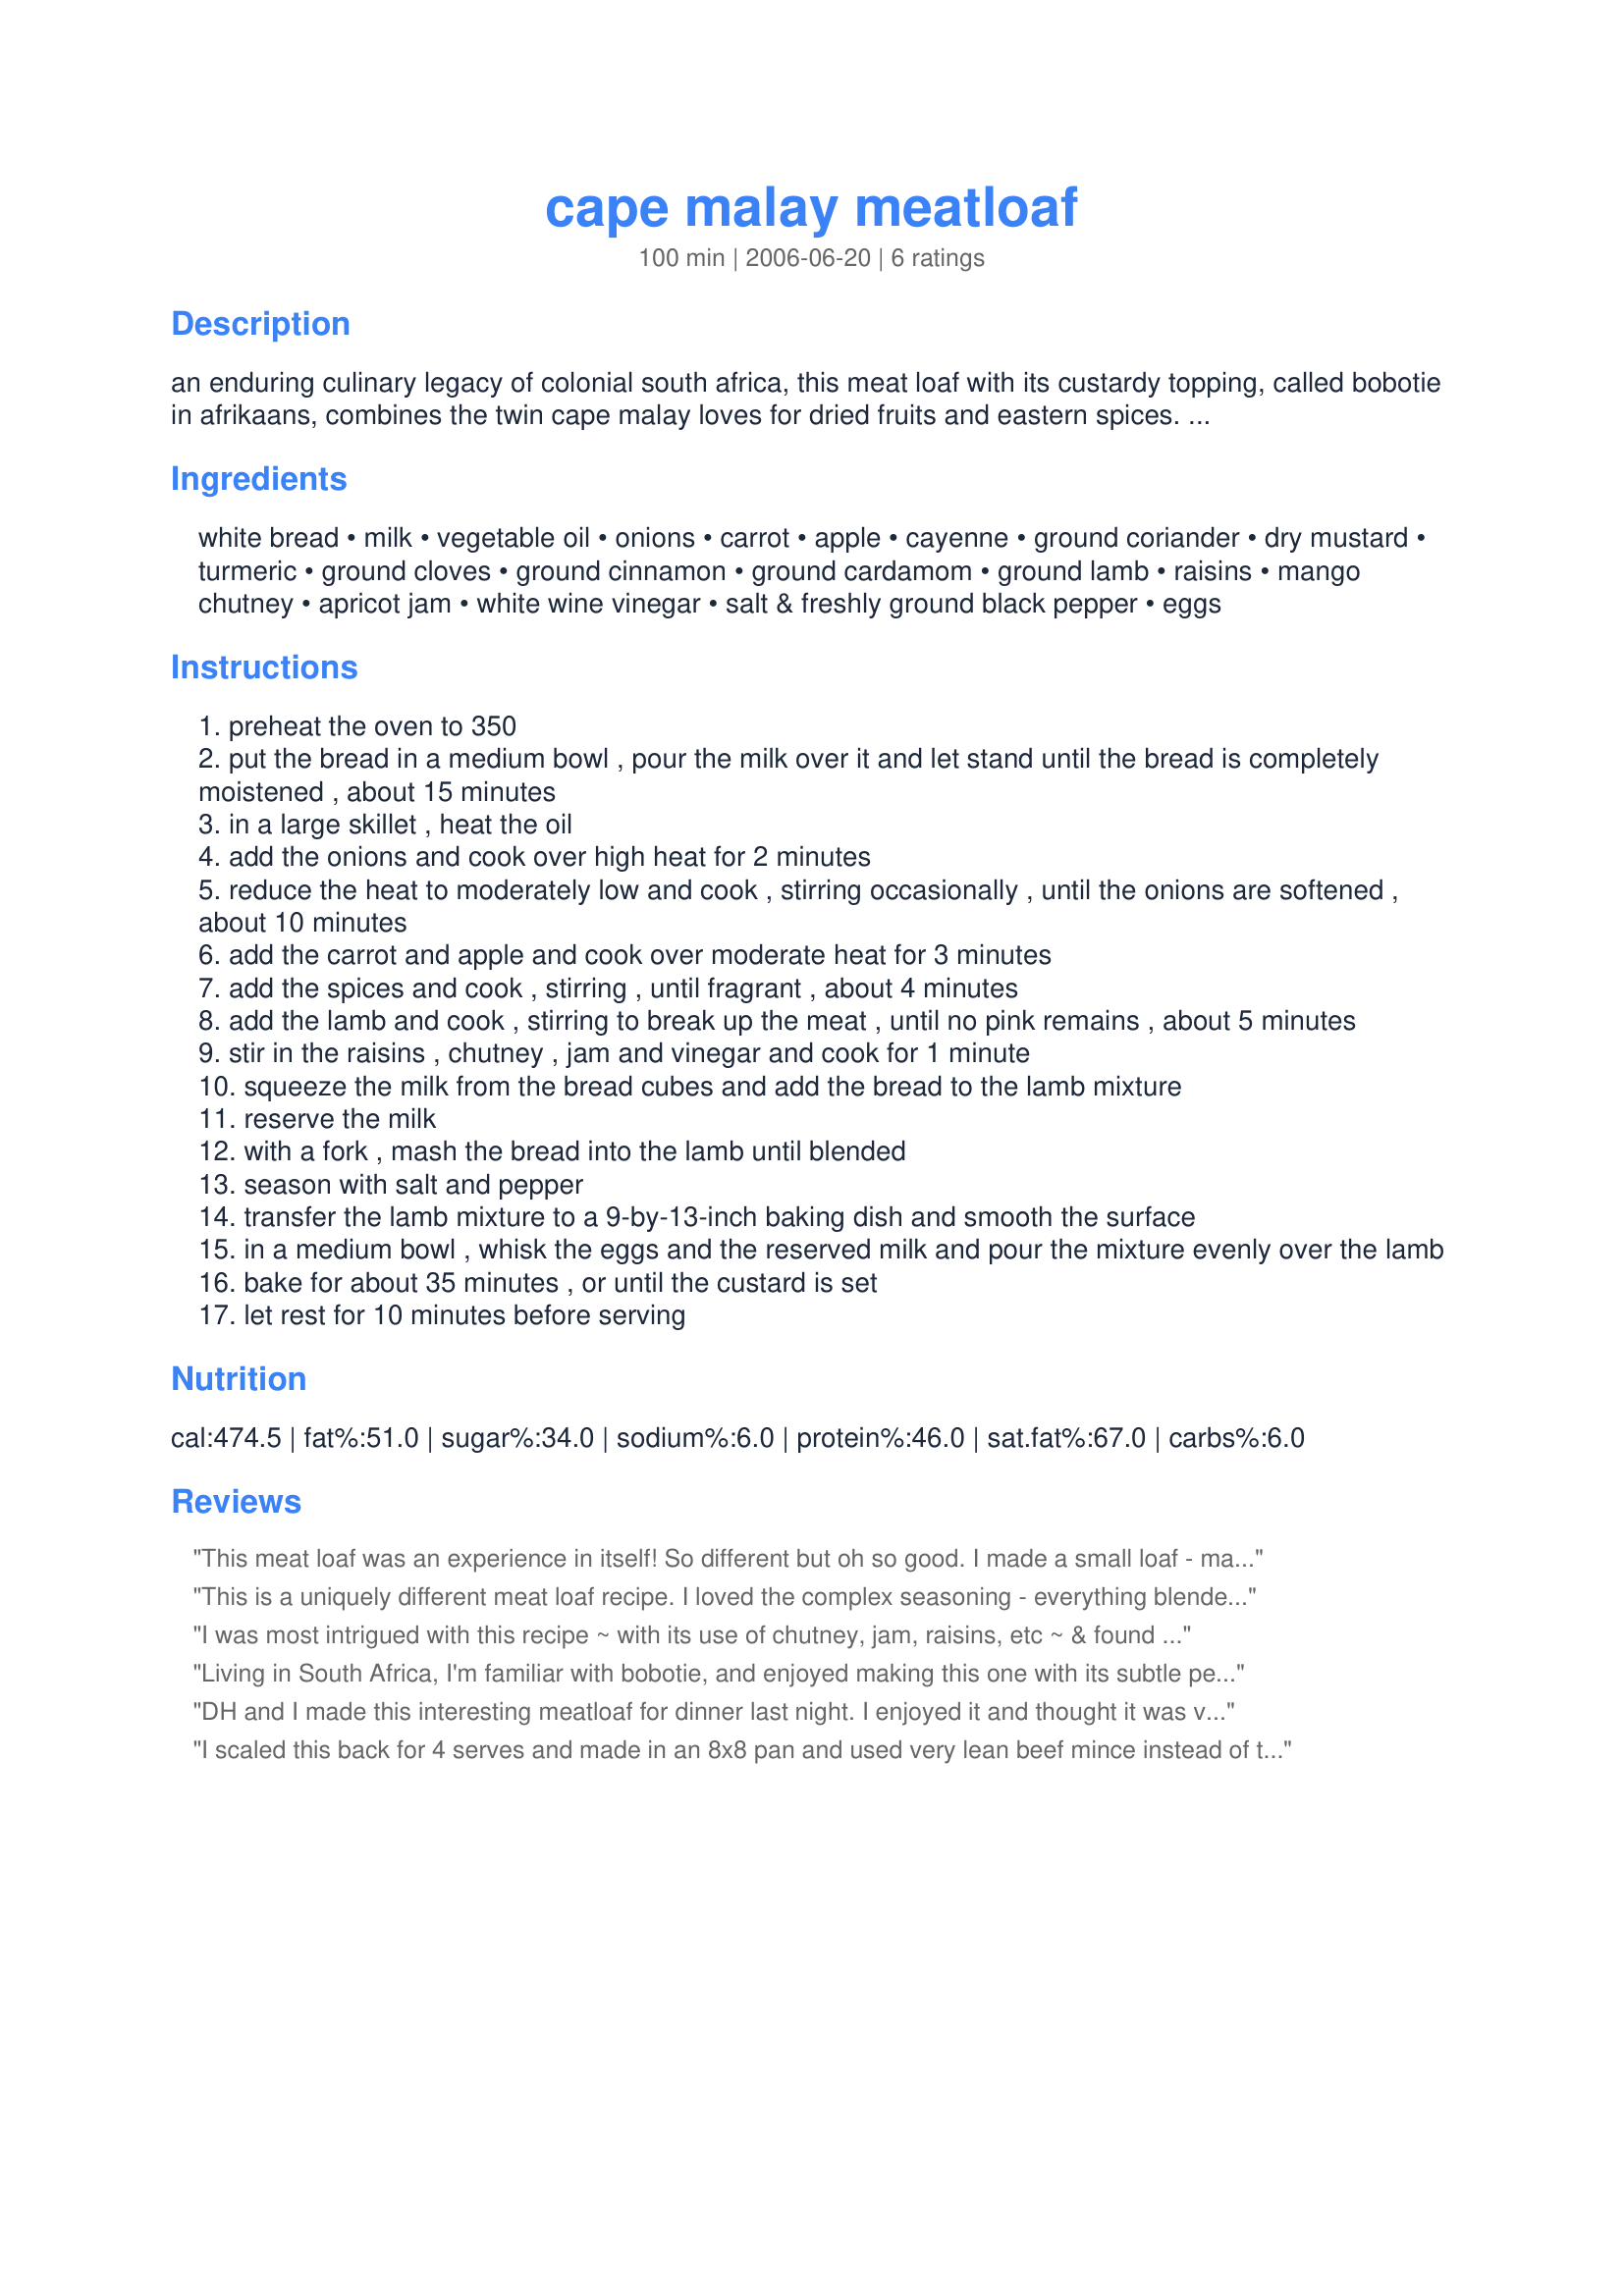
cape malay meatloaf
Preparation time: 100 minutes

an enduring culinary legacy of colonial south africa, this meat loaf with its custardy topping, called bobotie in afrikaans, combines the twin cape malay loves for dried fruits and eastern spices. it is traditionally served with yellow rice sweetened with honey. this version is from the institute of culinary arts just outside stellenbosch, south africa.

Ingredients:
white bread, milk, vegetable oil, onions, carrot, apple, cayenne, ground coriander, dry mustard, turmeric, ground cloves, ground cinnamon, ground cardamom, ground lamb, raisins, mango chutney, apricot jam, white wine vinegar, salt & freshly ground black pepper, eggs

Steps:
preheat the oven to 350
put the bread in a medium bowl , pour the milk over it and let stand until the bread is completely moistened , about 15 minutes
in a large skillet , heat the oil
add the onions and cook over high heat for 2 minutes
reduce the heat to moderately low and cook , stirring occasionally , until the onions are softened , about 10 minutes
add the carrot and apple and cook over moderate heat for 3 minutes
add the spices and cook , stirring , until fragrant , about 4 minutes
add the lamb and cook , stirring to break up the meat , until no pink remains , about 5 minutes
stir in the raisins , chutney , jam and vinegar and cook for 1 minute
squeeze the milk from the bread cubes and add the bread to the lamb mixture
reserve the milk
with a fork , mash the bread into the lamb until blended
season with salt and pepper
transfer the lamb mixture to a 9-by-13-inch baking dish and smooth the surface
in a medium bowl , whisk the eggs and the reserved milk and pour the mixture evenly over the lamb
bake for about 35 minutes , or until the custard is set
let rest for 10 minutes before serving

Reviews:
This meat loaf was an experience in itself! So different but oh so good. I made a small loaf - made it using ground beef because that is what I had on hand. Followed the recipe - great instructions with excellent results. Thank you Kate for another of your winners.
This is a uniquely different meat loaf recipe. I loved the complex seasoning - everything blended together beautifully, and the touch of sweet pungency added by the chutney and jam. I used ground beef instead of lamb and a 1/2 portion of this recipe served 5 of us (2 adults, 3 wee ones) just fine. This actually reminded me a lot of Bobotie - one of my fave SA recipes!
I was most intrigued with this recipe ~ with its use of chutney, jam, raisins, etc ~ & found the resulting loaf VERY, VERY TASTY! I did make this for a neighbor couple but kept a small portion for myself (the good ol' taste-test portion!) & was very pleased with it! I did, however, use a lean ground beef this time, but would like to make it again following the ingredient list given! Thanks for sharing! [Made & reviewed in the Family Picks part of Zaar World Tour 4]
Living in South Africa, I'm familiar with bobotie, and enjoyed making this one with its subtle personal touches!

it worked well, with good texture and delicious complementary flavours.

I used all the spices but omitted the raisins, because I dont particularly like them.

Clearly explained, the recipe was easy to follow and gave great results!

Served with steamed white rice and garlic green beans for a wonderful meal, thank you Kate!
DH and I made this interesting meatloaf for dinner last night. I enjoyed it and thought it was very good. DH remarked that he found it a litle on the sweet side. After doing some investigation, I realized that I only used 1.3 lb (instead of 2 lb) of lamb and did not adjust the proportion of the other ingredients. That can make a big difference! Due to my error, I am reserving my star rating until a future date when I can make this again. While I found it to be really good, I suspect it could be great if I followed the directions as posted. I loved the lamb in this dish! Despite the long list of ingredients, the dish is not difficult to make. I will definitely make this dish again and report back. Thank you for posting. Made for ZWT4.
I scaled this back for 4 serves and made in an 8x8 pan and used very lean beef mince instead of the lamb. It was not as spicy as I expected but then not too sweet either and well in the end 3 of us polished of 4 serves with the DM and DS coming back for seconds. Thank you Chef Kate, made for I Recommend tag game and recommended by Karen Elizabeth.
